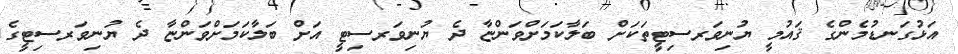
އަޅުގަނޑުމެންގެ ޤައުމީ ޔުނިވަރސިޓީތަކަށް ބަލާކަމަށްވަންޏާ ދެ ޔުނިވަރސިޓީ އަށް ބަލާކަމަށްވަންޏާ ދެ ޔުނިވަރސިޓީގެ